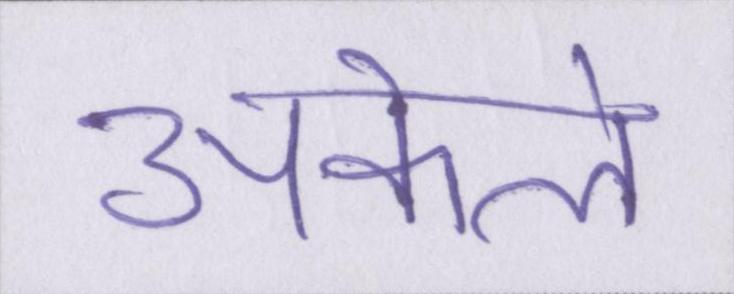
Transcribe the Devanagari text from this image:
अकेले